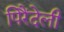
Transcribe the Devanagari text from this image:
पिरैंदेली